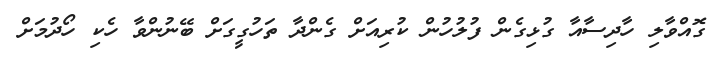
ގޮއްވާލި ހާދިސާއާ ގުޅިގެން ފުލުހުން ކުރިއަށް ގެންދާ ތަހުގީގަށް ބޭނުންވާ ހެކި ހޯދުމަށް